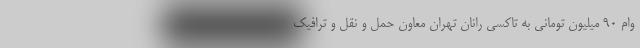
وام ۹۰ میلیون تومانی به تاکسی‌ رانان تهران معاون حمل و نقل و ترافیک